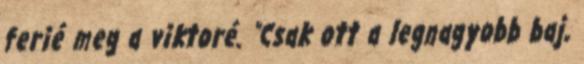
ferié meg a viktoré. "Csak ott a legnagyobb baj,